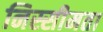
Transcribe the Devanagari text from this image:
निस्सीमता